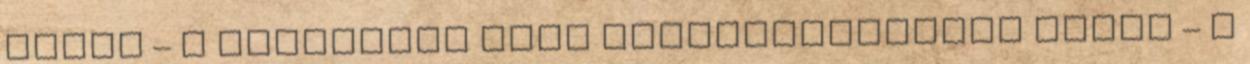
igény – a település rész elnéptelenedése miatt – a